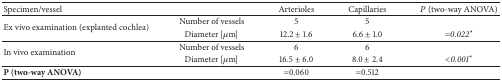
| Specimen/vessel |  | Arterioles | Capillaries | P (two-way ANOVA) |
 | --- | --- | --- | --- | --- |
 | <ROWSPAN=2> Ex vivo examination (explanted cochlea) | Number of vessels | 5 | 5 |  |
 | Diameter [μm] | 12.2 ± 1.6 | 6.6 ± 1.0 | =0.022* |
 | <ROWSPAN=2> In vivo examination | Number of vessels | 6 | 6 |  |
 | Diameter [μm] | 16.5 ± 6.0 | 8.0 ± 2.4 | <0.001* |
 | P (two-way ANOVA) |  | =0.060 | =0.512 |  |